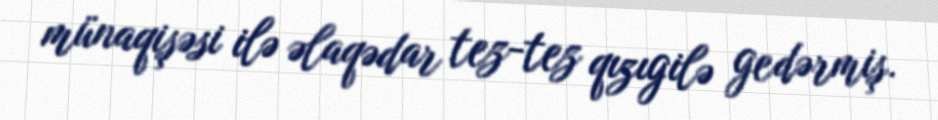
münaqişəsi ilə əlaqədar tez-tez qızıgilə gedərmiş.